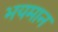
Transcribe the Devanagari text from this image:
भयमान